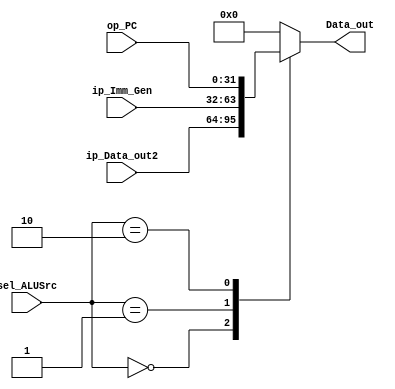
`timescale 1ns / 1ps
//////////////////////////////////////////////////////////////////////////////////
// Company: 
// Engineer: 
// 
// Design Name: 
// Module Name: Reg_Mux_ALU
// Project Name: 
// Target Devices: 
// Tool Versions: 
// Description: 
// 
// Dependencies: 
// 
// Revision:
// Revision 0.01 - File Created
// Additional Comments:
// 
//////////////////////////////////////////////////////////////////////////////////


module Reg_Mux_ALU(ip_Data_out2,ip_Imm_Gen,Data_out,sel_ALUSrc,op_PC);
    //<--------------------PORT DECLARAION------------->
    input [31:0] ip_Data_out2;       // Second output port of Register file.
    input [31:0] ip_Imm_Gen;         // Output of immediate generator
    input [1:0] sel_ALUSrc;               // Select input of Mux
    input [31:0] op_PC;
    output reg [31:0] Data_out;     // Output of MUX
    //<------------------------------------------------->
    always @ (*)
        begin
            case(sel_ALUSrc)
                2'b00 : begin
                     Data_out <= ip_Data_out2;
                end     
                2'b01 : begin
                    Data_out <= ip_Imm_Gen;
                end
                2'b10 : begin
                    Data_out <= op_PC;
                end 
                default :
                    Data_out <= 32'b0;  
            endcase   
        end
     
endmodule